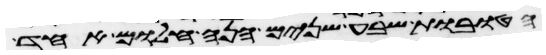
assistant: הטובות שבע שנים הנה חלום אחד